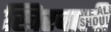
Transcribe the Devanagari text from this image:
खिरवाली